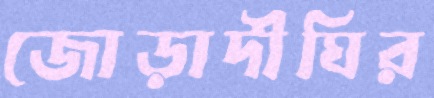
জোড়াদীঘির